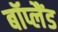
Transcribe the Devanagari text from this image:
बॉप्लैंड